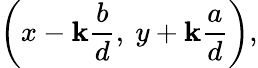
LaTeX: \left(x-\mathbf{k}{\frac{{b}}{{d}}},\ y+\mathbf{k}{\frac{{a}}{{d}}}\right),